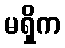
မရှိက